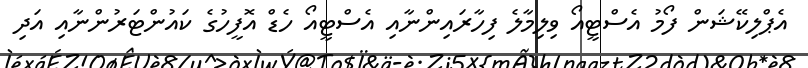
އެޕްލިކޭޝަން ފޯމު އެސްޓީއޯ ވިލިމާލެ ފިހާރައިންނާއި އެސްޓީއޯ ހެޑް އޮފީހުގެ ކައުންޓަރުންނާއި އަދި